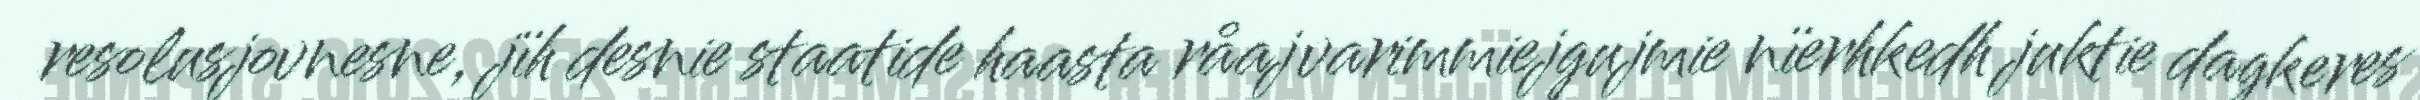
resolusjovnesne, jïh desnie staatide haasta råajvarimmiejgujmie nïerhkedh juktie dagkeres